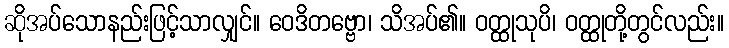
ဆိုအပ်သောနည်းဖြင့်သာလျှင်။ ဝေဒိတဗ္ဗော၊ သိအပ်၏။ ဝတ္ထုသုပိ၊ ဝတ္ထုတို့တွင်လည်း။